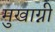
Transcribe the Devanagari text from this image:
मुखाग्नी